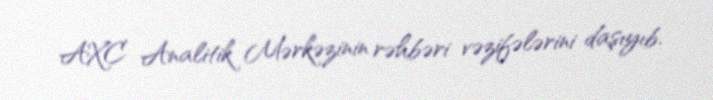
AXC Analitik Mərkəzinin rəhbəri vəzifələrini daşıyıb.